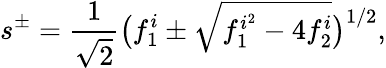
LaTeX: s^{\pm}=\frac{1}{\sqrt{2}}\big(f_{1}^{i}\pm\sqrt{f_{1}^{i^{2}}-4f_{2}^{i}}\big)^{1/2},